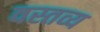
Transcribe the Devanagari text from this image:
वस्तव्य